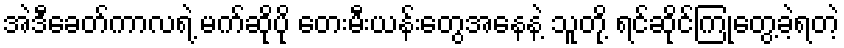
အဲဒီခေတ်ကာလရဲ့ မက်ဆိုပို တေးမီးယန်းတွေအနေနဲ့ သူတို့ ရင်ဆိုင်ကြုံတွေ့ခဲ့ရတဲ့